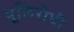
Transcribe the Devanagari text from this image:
धूलिरोधी